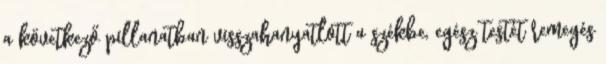
a következő pillanatban visszahanyatlott a székbe, egész testét remegés